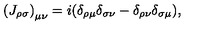
\left( { J _ { \rho \sigma } } \right) _ { \mu \nu } = i ( \delta _ { \rho \mu } \delta _ { \sigma \nu } - \delta _ { \rho \nu } \delta _ { \sigma \mu } ) ,